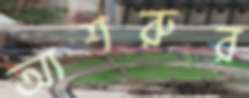
আশরুর